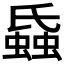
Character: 𧎪